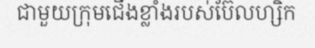
ជាមួយក្រុមជើងខ្លាំងរបស់ប៊ែលហ្សិក